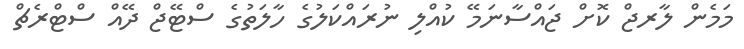
މަމެން ލާރޖް ކޮށް ޖައްސާނަމޭ ކުއްލި ނުރައްކަލުގެ ހާލަތުގެ ސްޓޭޖް ދޭއް ސްޓްރެޗް